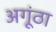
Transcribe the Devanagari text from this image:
अगूंठा